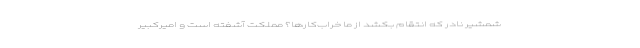
شمشیر نادر که انتقام بکشد از ما خراب‌کارها؟ مملکت آشفته است و امیرکبیر